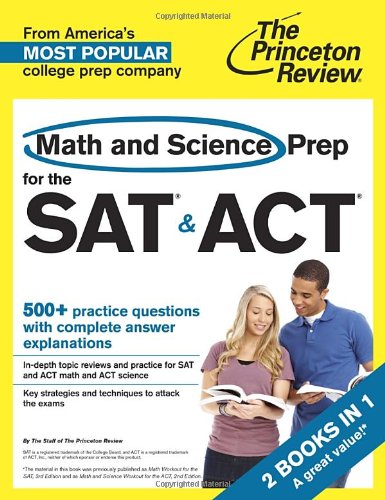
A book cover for Math and Science Prep for the SAT & ACT: 2 Books in 1 (College Test Preparation); Princeton Review; Test Preparation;